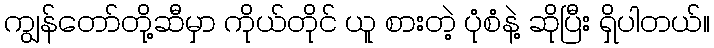
ကျွန်တော်တို့ဆီမှာ ကိုယ်တိုင် ယူ စားတဲ့ ပုံစံနဲ့ ဆိုပြီး ရှိပါတယ်။